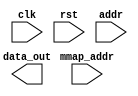
module tvm_vpi_read_mmap
  #(
    parameter DATA_WIDTH = 8,
    parameter ADDR_WIDTH = 8,
    parameter BASE_ADDR_WIDTH = 32
    )
   (
    input                       clk,
    input                       rst,
    input [ADDR_WIDTH-1:0]      addr, 
    output [DATA_WIDTH-1:0]     data_out, 
    input [BASE_ADDR_WIDTH-1:0] mmap_addr 
    );
   reg [DATA_WIDTH-1:0]         reg_data;
   assign data_out = reg_data;
endmodule